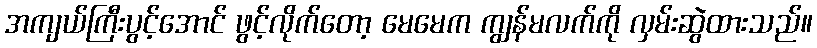
အကျယ်ကြီးပွင့်အောင် ဖွင့်လိုက်တော့ မေမေက ကျွန်မလက်ကို လှမ်းဆွဲထားသည်။